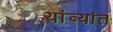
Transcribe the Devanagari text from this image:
यांव्यांत